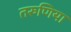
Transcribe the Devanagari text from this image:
तरुणिया